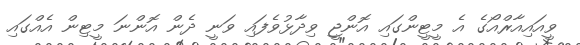
ވީއައިއާރްއޯގެ އެ މީޓީންގައި އޮންޖީ ވިދާޅުވެފައި ވަނީ ދެން އޮންނަ މީޓިން އެއްގައި